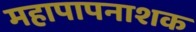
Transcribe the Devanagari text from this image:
महापापनाशक